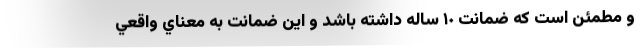
و مطمئن است كه ضمانت ١٠ ساله داشته باشد و اين ضمانت به معناي واقعي